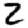
Digit: 2